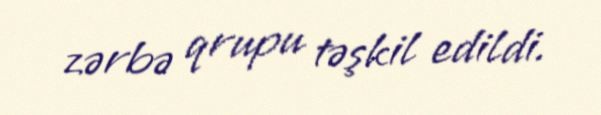
zərbə qrupu təşkil edildi.